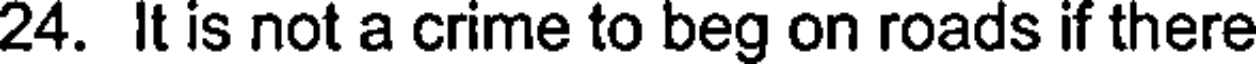
24. It is not a crime to beg on roads if there